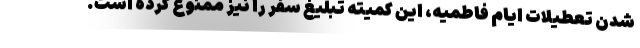
شدن تعطیلات ایام فاطمیه، این کمیته تبلیغ سفر را نیز ممنوع کرده است.